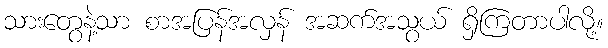
သားတွေနဲ့သာ စာအပြန်အလှန် အဆက်အသွယ် ရှိကြတာပါလို့။